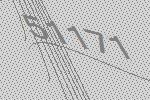
51171